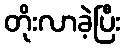
တိုးလာခဲ့ပြီး